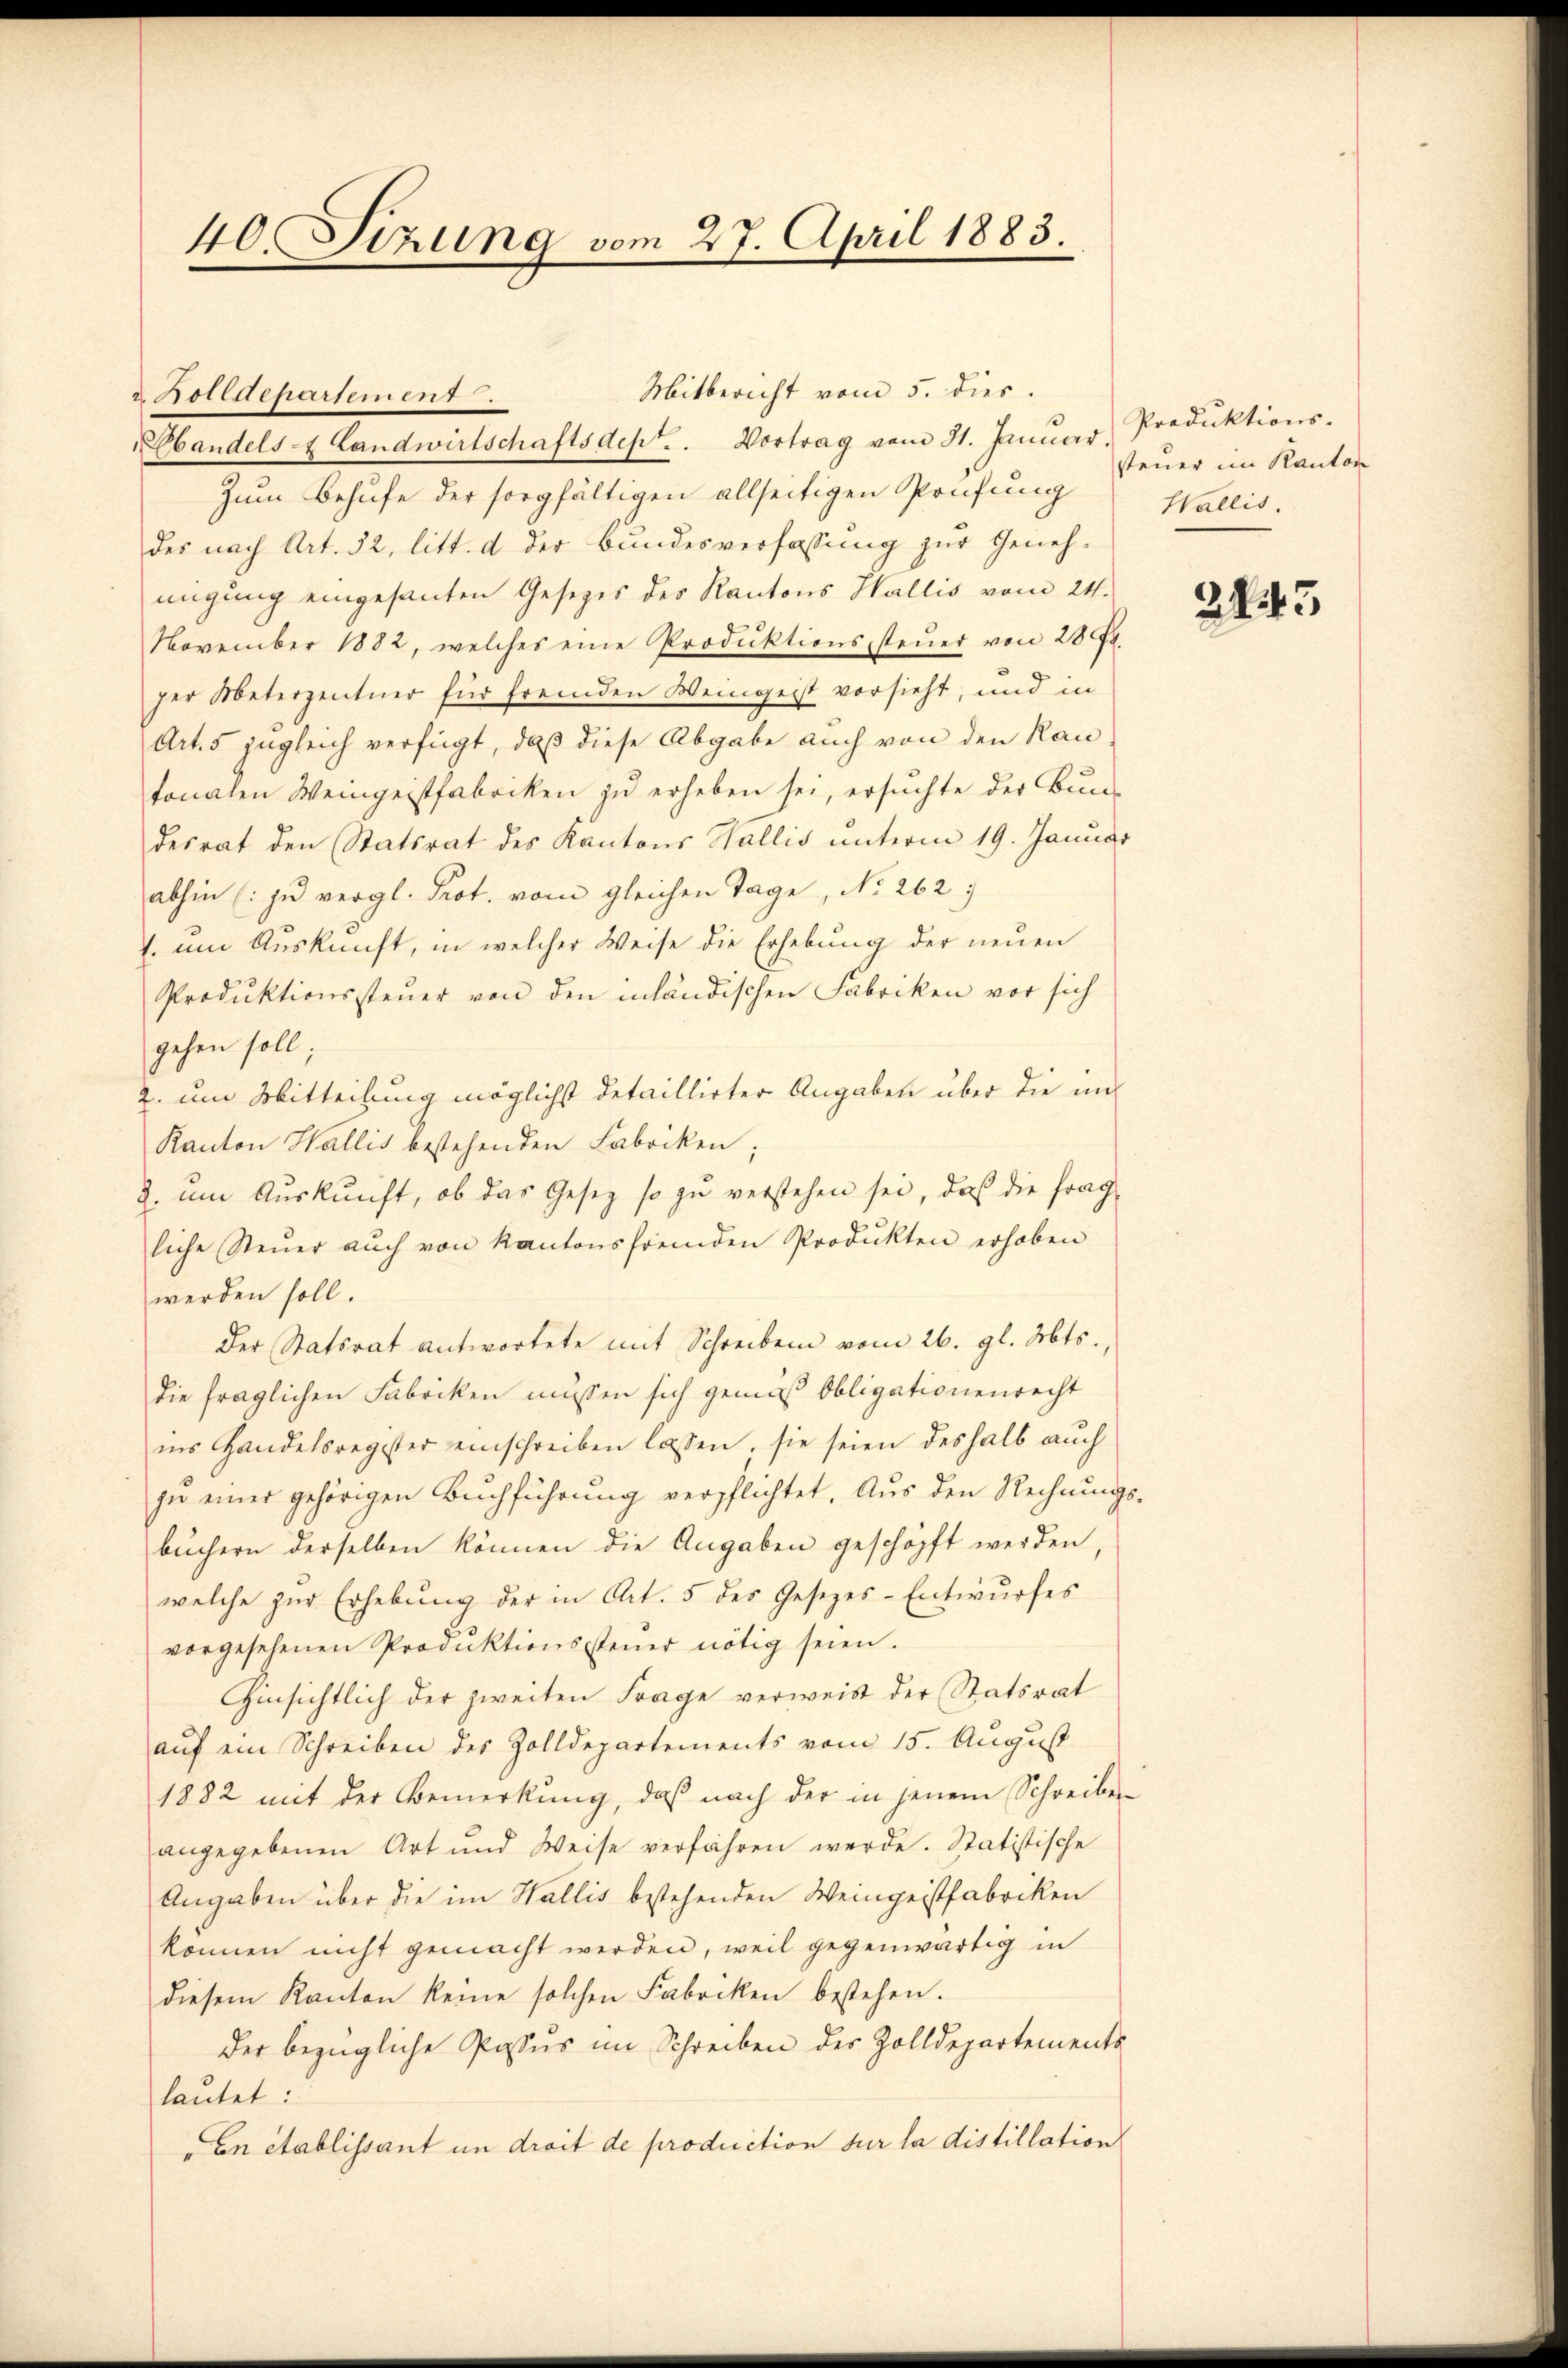
40. Sizung vom 27. April 1883.

u. Zolldepartement.

Mitbericht vom 5. dies

bandels- & Landwirtschaftsdept. . Vortrag vom 31. Januar, Produktions-
Zum Behufe der sorgfältigen allseitigen Prüfung
des nach Art. 32, litt. d. der Bundesverfassung zur Geneh-
migung eingesanten Gesetzes des Kantons Wallis vom 24.
November 1882, welches eine Produktionssteŭer von 28.
ger Meterzentner für fremden Weingeist vorsieht, und in
Art. 5 zugleich verfügt, daß diese Abgabe auch von den Rautonalen Weingeistfabriken zu erheben sei, ersuchte der Bun-
desrat den Statsrat des Kantons Wallis unterm 19. Januar
abhin (: zu vergl. Prot. vom gleichen Tage, No 262:
1. um Auskunft, in welcher Weise die Erhebung der neuen
Produktionssteuer von den inländischen Fabriken vor sich
gehen soll
2. um Mitteilung möglichst detaillirter Angaben über die un¬
Kanton Wallis bestehenden Fabriken;
2. um Auskunft, ob das Gesetz so zu verstehen sei, daß die frag
liche Steŭer aŭch von Kantonsfremden Produkten erhoben
werden soll.
Der Statsrat antwortete mit Schreiben vom 26. gl. Mts.
die fraglichen Fabriken müssen sich gemäß Obligationenrecht
ins Handelsregister einschreiben lassen, sie seien deshalb auch
zu einer gehörigen Buchführung verpflichtet. Aus den Rechnungs-
büchern derselben können die Angaben geschöpft werden,
welche zŭr Erhebŭng der in Art. 5 des Gesezes-Entwŭrfes
vorgesehenen Produktionssteuer nötig seien.
Hinsichtlich der zweiten Frage verweist der Statsrat
auf ein Schreiben des Zolldepartements vom 15. August
1882 mit der Bemerkung, daß nach der in jenem Schreiben
angegebenen Art und Weise verfahren werde. Statistische
Angaben über die im Wallis bestehenden Weingeistfabriken
können nicht gemacht werden, weil gegenwärtig in
diesem Kanton keine solchen Fabriken bestehen.
der bezügliche Passus im Schreiben des Zolldepartements
lautet:
En établissant in droit de production sur la distillation

steuer im Kanton
Wallis.

2445